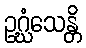
ဥဂ္ဃံသေန္တိ